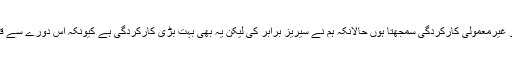
’آسٹریلیا اور انگلینڈ کے خلاف وائٹ واش بہت بڑی کامیابیاں تھیں لیکن انگلینڈ کے حالیہ دورے کو غیرمعمولی کارکردگی سمجھتا ہوں حالانکہ ہم نے سیریز برابر کی لیکن یہ بھی بہت بڑی کارکردگی ہے کیونکہ اس دورے سے قبل کئی لوگوں نے ہمیں بالکل ہی نظرانداز کردیا تھا اور ان کا خیال تھا کہ ہم نہیں جیت سکیں گے۔